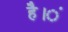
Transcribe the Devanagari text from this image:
है।ं